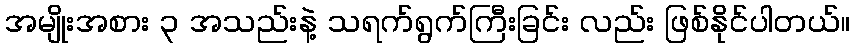
အမျိုးအစား ၃ အသည်းနဲ့ သရက်ရွက်ကြီးခြင်း လည်း ဖြစ်နိုင်ပါတယ်။